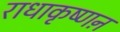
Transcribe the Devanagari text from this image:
राधाकृष्णऩ